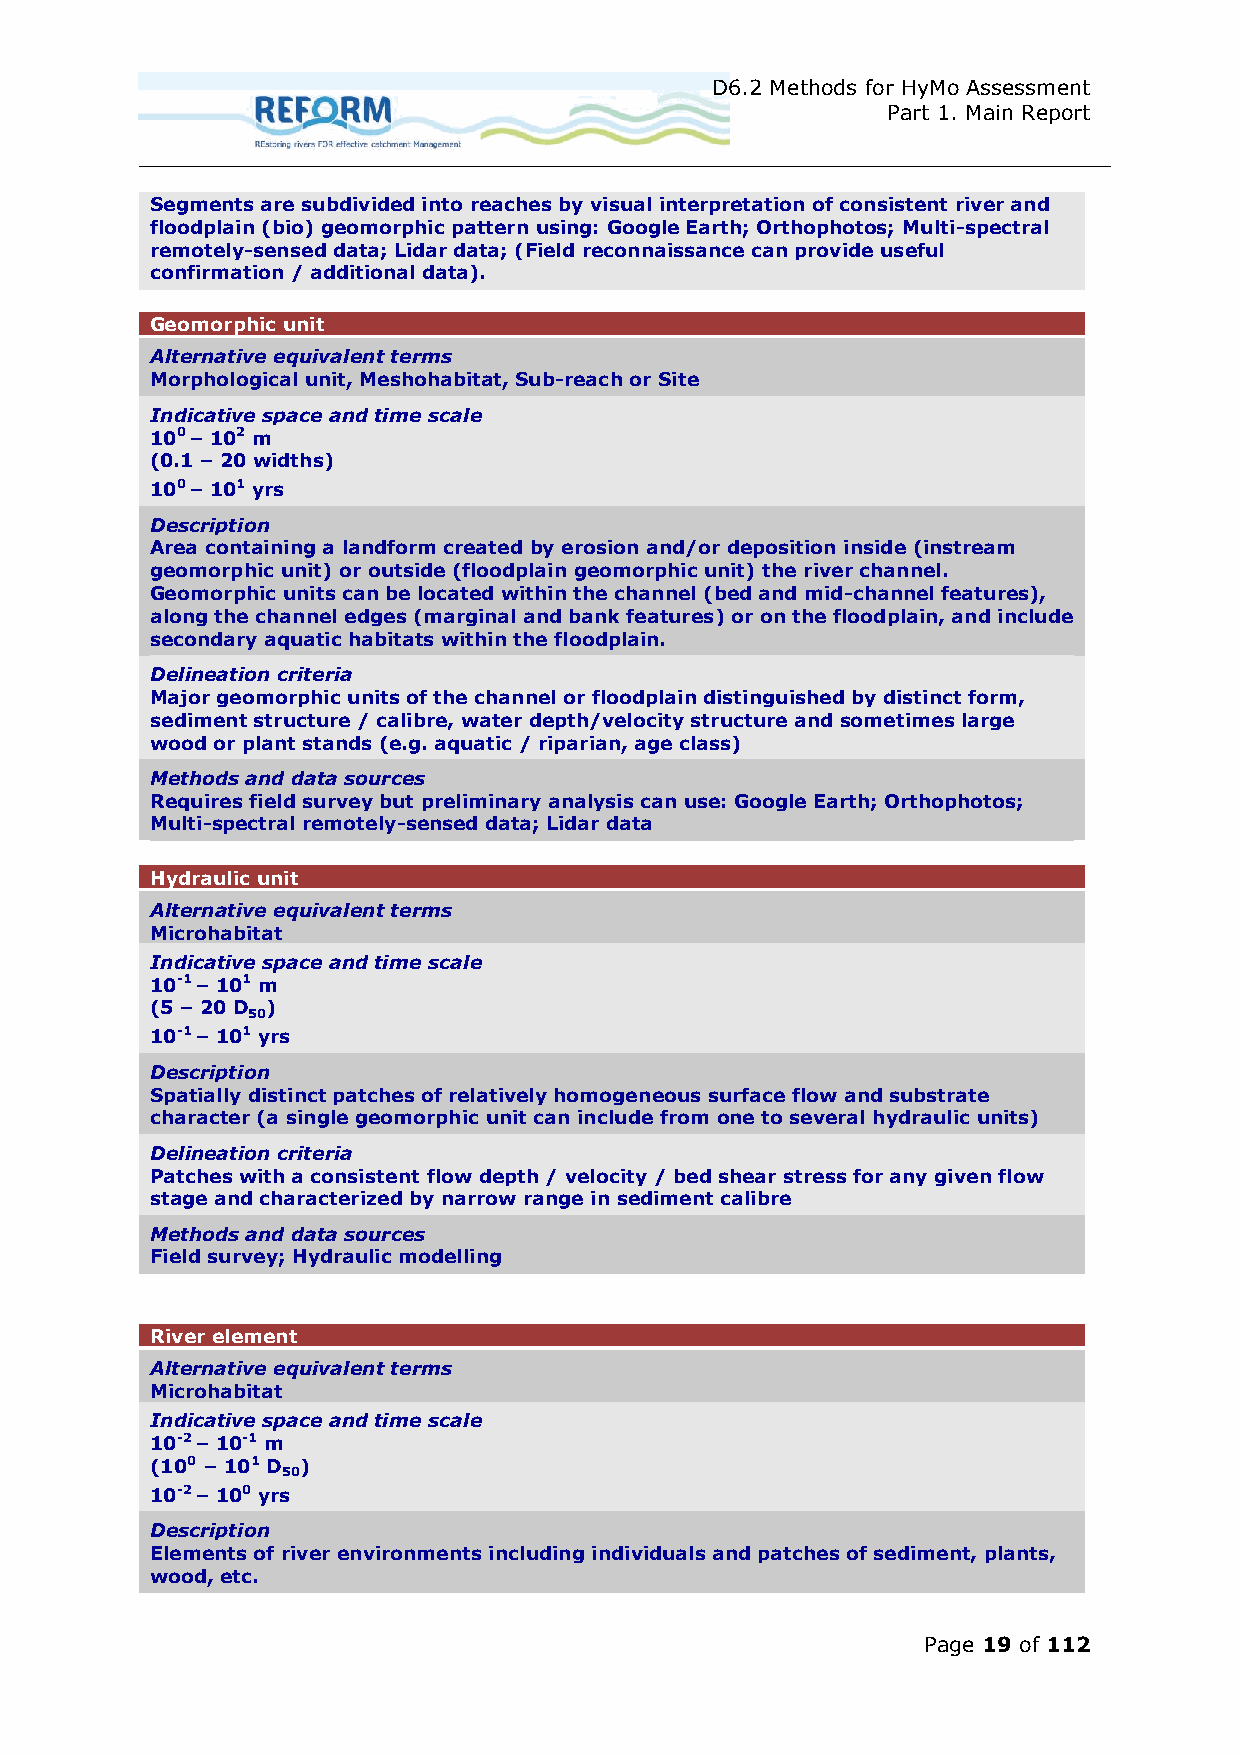
D6.2 Methods for HyMo Assessment
 Part 1. Main Report
 Segments are subdivided into reaches by visual interpretation of consistent river and
 floodplain (bio) geomorphic pattern using: Google Earth; Orthophotos; Multi-spectral
 remotely-sensed data; Lidar data; (Field reconnaissance can provide useful
 confirmation / additional data).
 Geomorphic unit
 Alternative equivalent terms
 Morphological unit, Meshohabitat, Sub-reach or Site
 Indicative space and time scale
 100 – 102 m
 (0.1 – 20 widths)
 100 – 101 yrs
 Description
 Area containing a landform created by erosion and/or deposition inside (instream
 geomorphic unit) or outside (floodplain geomorphic unit) the river channel.
 Geomorphic units can be located within the channel (bed and mid-channel features),
 along the channel edges (marginal and bank features) or on the floodplain, and include
 secondary aquatic habitats within the floodplain.
 Delineation criteria
 Major geomorphic units of the channel or floodplain distinguished by distinct form,
 sediment structure / calibre, water depth/velocity structure and sometimes large
 wood or plant stands (e.g. aquatic / riparian, age class)
 Methods and data sources
 Requires field survey but preliminary analysis can use: Google Earth; Orthophotos;
 Multi-spectral remotely-sensed data; Lidar data
 Hydraulic unit
 Alternative equivalent terms
 Microhabitat
 Indicative space and time scale
 10-1 – 101 m
 (5 – 20 D )
 50
 10-1 – 101 yrs
 Description
 Spatially distinct patches of relatively homogeneous surface flow and substrate
 character (a single geomorphic unit can include from one to several hydraulic units)
 Delineation criteria
 Patches with a consistent flow depth / velocity / bed shear stress for any given flow
 stage and characterized by narrow range in sediment calibre
 Methods and data sources
 Field survey; Hydraulic modelling
 River element
 Alternative equivalent terms
 Microhabitat
 Indicative space and time scale
 10-2 – 10-1 m
 (100 – 101 D )
 50
 10-2 – 100 yrs
 Description
 Elements of river environments including individuals and patches of sediment, plants,
 wood, etc.
 Page 19 of 112